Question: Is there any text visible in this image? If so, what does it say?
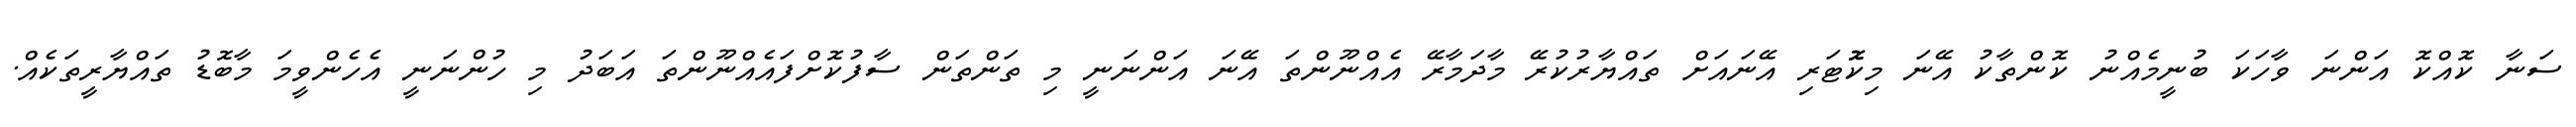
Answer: ސަނާ ކޮއްކޮ އަންނަ ވާހަކަ ބުނީމެއްނު ކޮންތާކު އޭނަ މިކޮޮޓަރި އޭނައަށް ތައްޔާރުކުރޭ މާދަމާރޭ އެއްނޫންތަ އޭނަ އަންނަނީ މި ތަންތަން ސާފުކޮށްފައެއްނޫންތަ އަބަދު މި ހުންނަނީ އެހެންވީމަ މާބޮޑު ތައްޔާރީތަކެއް.